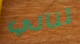
تنالي